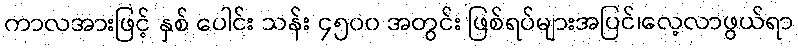
ကာလအားဖြင့် နှစ် ပေါင်း သန်း ၄၅၀၀ အတွင်း ဖြစ်ရပ်များအပြင်၊လေ့လာဖွယ်ရာ